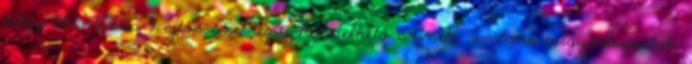
tölgy-lila. Tenus 4 ajtós szekrény Rendelhető színek: santana tölgy-világoskék,